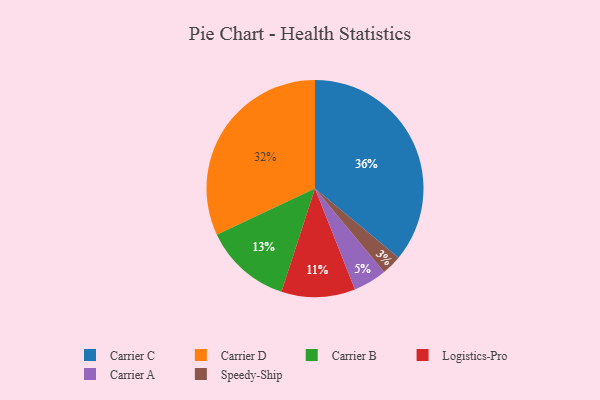
{"axis": {"x": "Category", "y": "Percentage"}, "legend": ["Carrier A", "Carrier B", "Carrier C", "Carrier D", "Logistics-Pro", "Speedy-Ship"], "data": [{"x": "Carrier C", "y": 36, "type": "Carrier C"}, {"x": "Logistics-Pro", "y": 11, "type": "Logistics-Pro"}, {"x": "Speedy-Ship", "y": 3, "type": "Speedy-Ship"}, {"x": "Carrier B", "y": 13, "type": "Carrier B"}, {"x": "Carrier D", "y": 32, "type": "Carrier D"}, {"x": "Carrier A", "y": 5, "type": "Carrier A"}]}